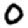
Digit: 0